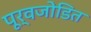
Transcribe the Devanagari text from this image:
पूर्वजोडित